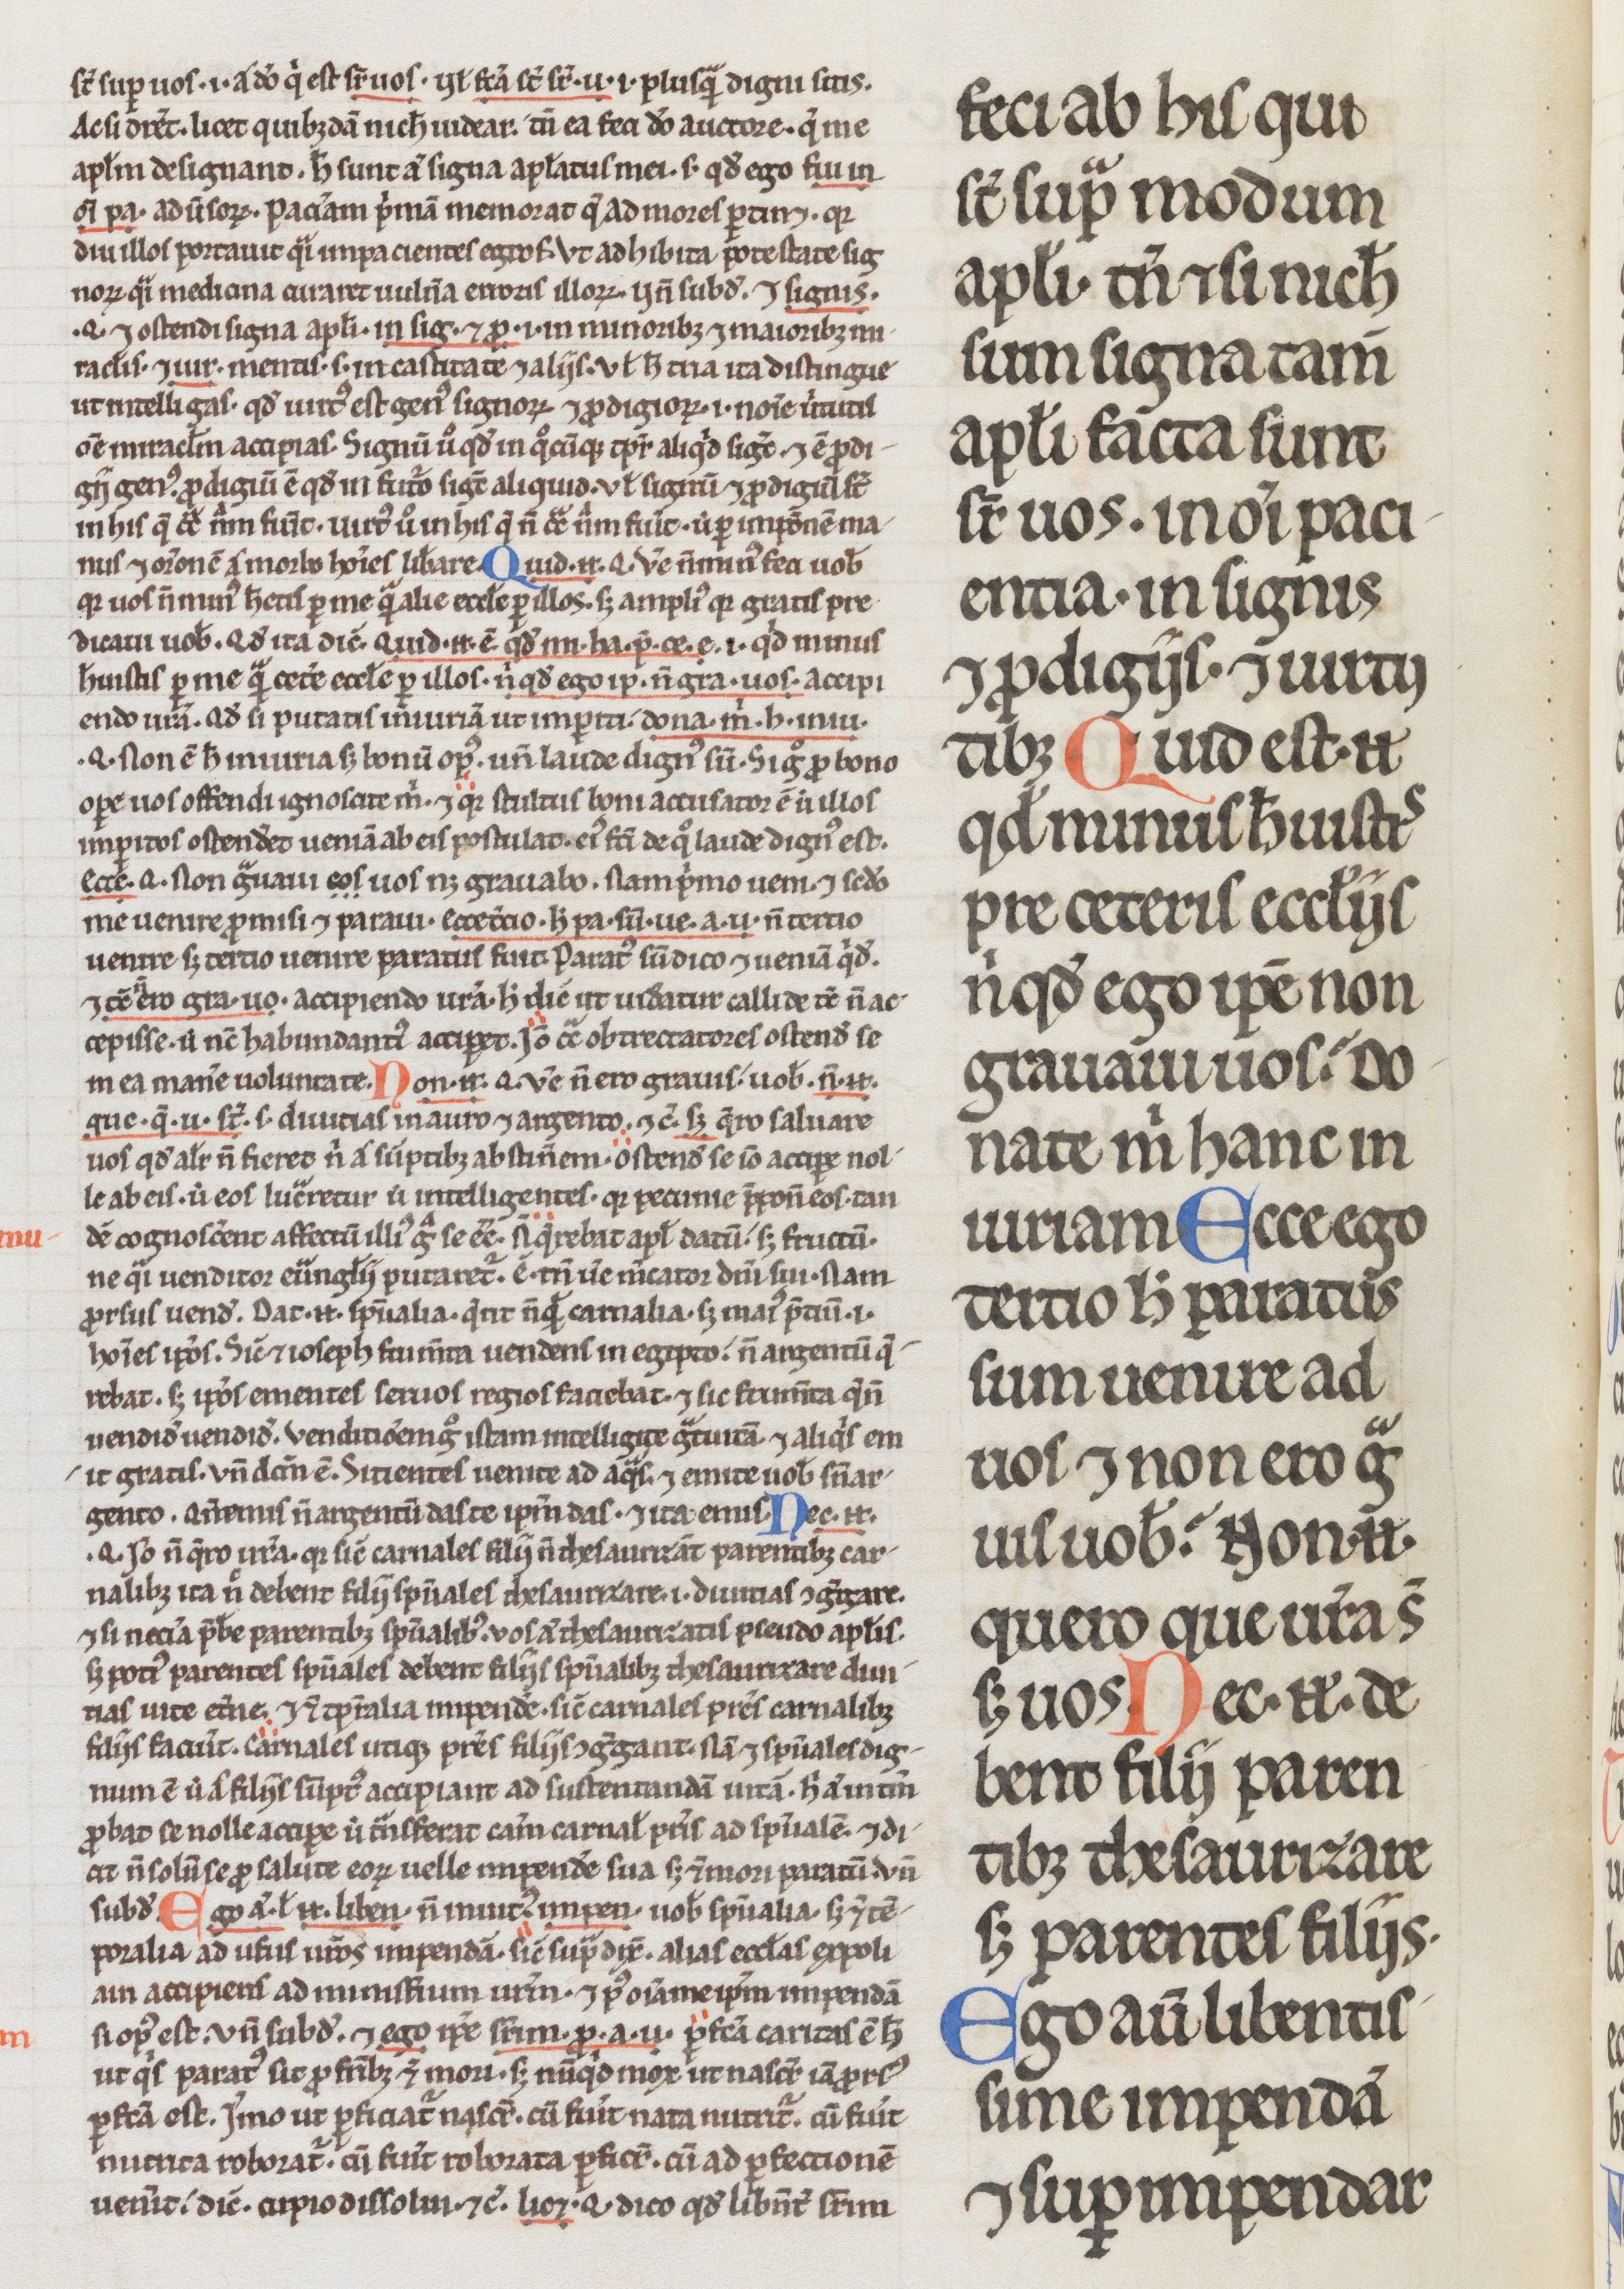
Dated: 1200–1299